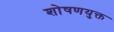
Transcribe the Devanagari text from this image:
शोषणयुक्त